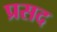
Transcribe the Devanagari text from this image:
प्रसद